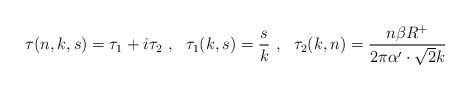
LaTeX: \begin{align*}\tau(n,k,s)=\tau_1+i\tau_2~,~~\tau_1(k,s)=\frac{s}{k}~,~~\tau_2(k,n)= \frac{n\beta R^+}{2\pi\alpha'\cdot\sqrt{2}k}\end{align*}